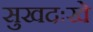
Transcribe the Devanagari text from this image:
सुखदःखे